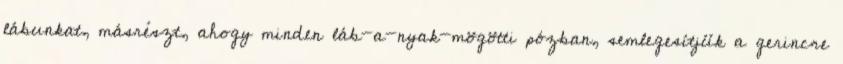
lábunkat, másrészt, ahogy minden láb-a-nyak-mögötti pózban, semlegesítjük a gerincre